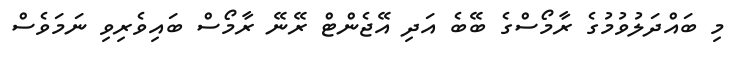
މި ބައްދަލުވުމުގެ ރާމޯސްގެ ބޭބެ އަދި އޭޖެންޓް ރޭނޭ ރާމޯސް ބައިވެރިވި ނަމަވެސް